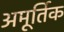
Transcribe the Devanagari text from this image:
अमूर्तिक